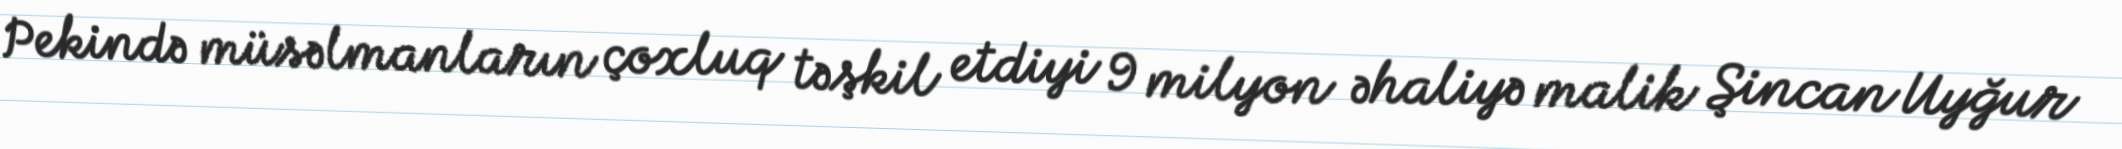
Pekində müsəlmanların çoxluq təşkil etdiyi 9 milyon əhaliyə malik Şincan Uyğur